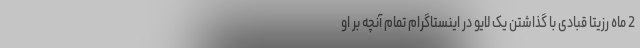
2 ماه رزیتا قبادی با گذاشتن یک لایو در اینستاگرام تمام آنچه بر او